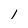
Character: 1